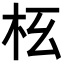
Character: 𣏳